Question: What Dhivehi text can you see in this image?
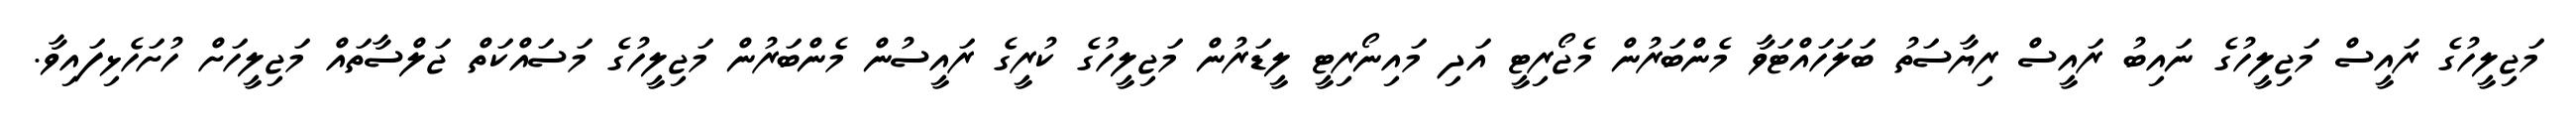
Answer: މަޖިލީހުގެ ރައީސް މަޖިލީހުގެ ނައިބު ރައީސް ރިޔާސަތު ބަލަހައްޓަވާ މެންބަރުން މެޖޯރިޓީ އަދި މައިނޯރިޓީ ލީޑަރުން މަޖިލީހުގެ ކުރީގެ ރައީސުން މެންބަރުން މަޖިލީހުގެ މަސައްކަތް ޖަލްސާތައް މަޖިލީހަށް ހުށަހެޅިފައިވާ.